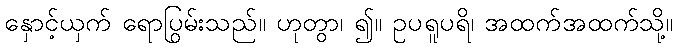
နှောင့်ယှက် ရောပြွမ်းသည်။ ဟုတွာ၊ ၍။ ဥပရူပရိ၊ အထက်အထက်သို့။